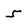
Character: 5